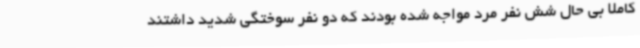
کاملا بی حال شش نفر مرد مواجه شده بودند که دو نفر سوختگی شدید داشتند